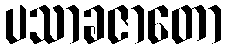
ပသာခဇာတော